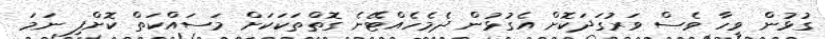
ގުޅުން ވީހާ ވެސް ވަރުގަދަކޮށް އެގުޅުން ދެމެހެއްޓޭނެ ގޮތްތަކަކަށް މަސައްކަތް ކޮށްފި ނަމަ